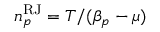
n _ { p } ^ { \mathrm { R J } } = T / ( \beta _ { p } - \mu )